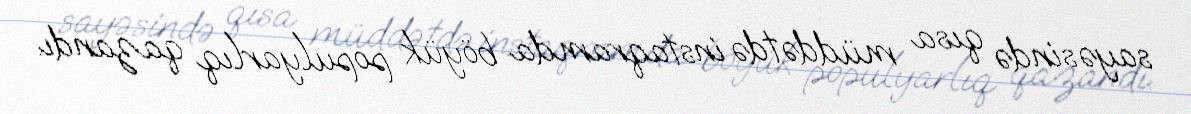
sayəsində qısa müddətdə instaqramda böyük populyarlıq qazandı.